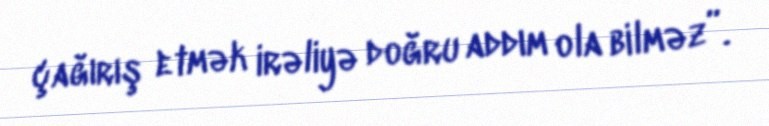
çağırış etmək irəliyə doğru addım ola bilməz”.